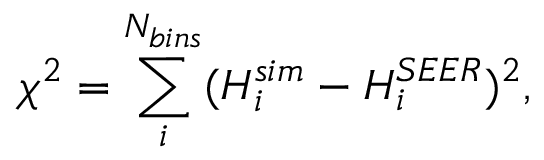
\chi ^ { 2 } = \sum _ { i } ^ { N _ { b i n s } } ( H _ { i } ^ { s i m } - H _ { i } ^ { S E E R } ) ^ { 2 } ,